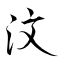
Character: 汶